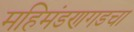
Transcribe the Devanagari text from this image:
महिमंडणगडचा